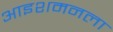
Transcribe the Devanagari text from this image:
आइशमनला